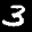
Digit: 3